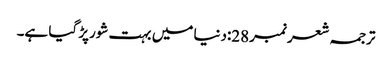
ترجمہ شعر نمبر28:دنیا میں بہت شورپڑ گیا ہے۔